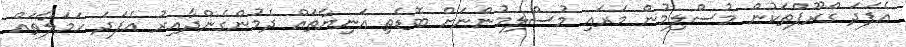
އެފަދަ ގްރޫޕްތަކުން މުސްލިމުން މަރައި މުސްލިމުންނަށް ބޮޑެތި އަނިޔާތައް ދެމުންގެންދާއިރު އެފަދަ ހަމަލާތައް